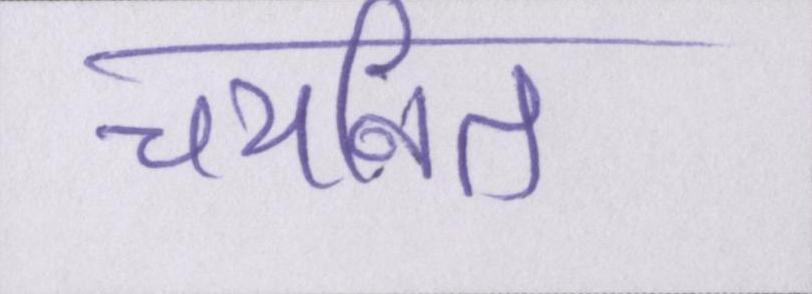
चयनित